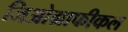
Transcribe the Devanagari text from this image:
जिओग्राफीकल